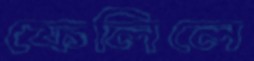
ফেলিলে